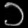
Digit: ၁